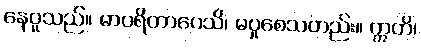
နေပူသည်။ မာပရိတာပေသိ၊ မပူစေသတည်း။ ဣတိ၊